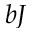
b J